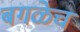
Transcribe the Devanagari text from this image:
बगळेच